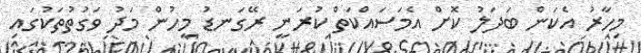
މިހާރު އެކަން ބަދަލު ކޮށް އެމަސައްކަތް ކުރަނީ ރޭގަނޑު މީހުން މަދު ވަގުތުތަކުގައި